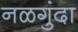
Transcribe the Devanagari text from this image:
नळगुंदा